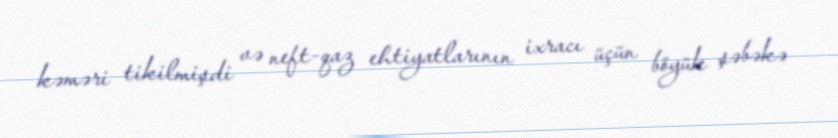
kəməri tikilmişdi və neft-qaz ehtiyatlarının ixracı üçün böyük şəbəkə